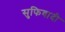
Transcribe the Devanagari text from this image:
सुफिवादी